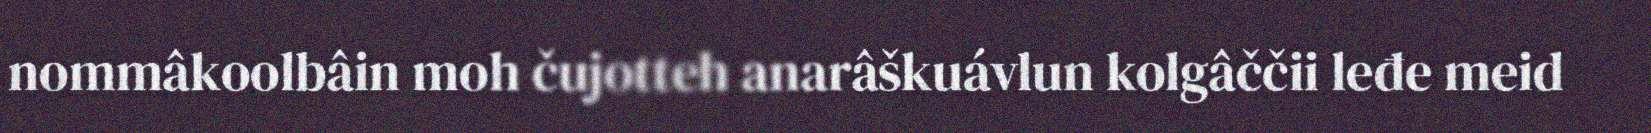
nommâkoolbâin moh čujotteh anarâškuávlun kolgâččii leđe meid